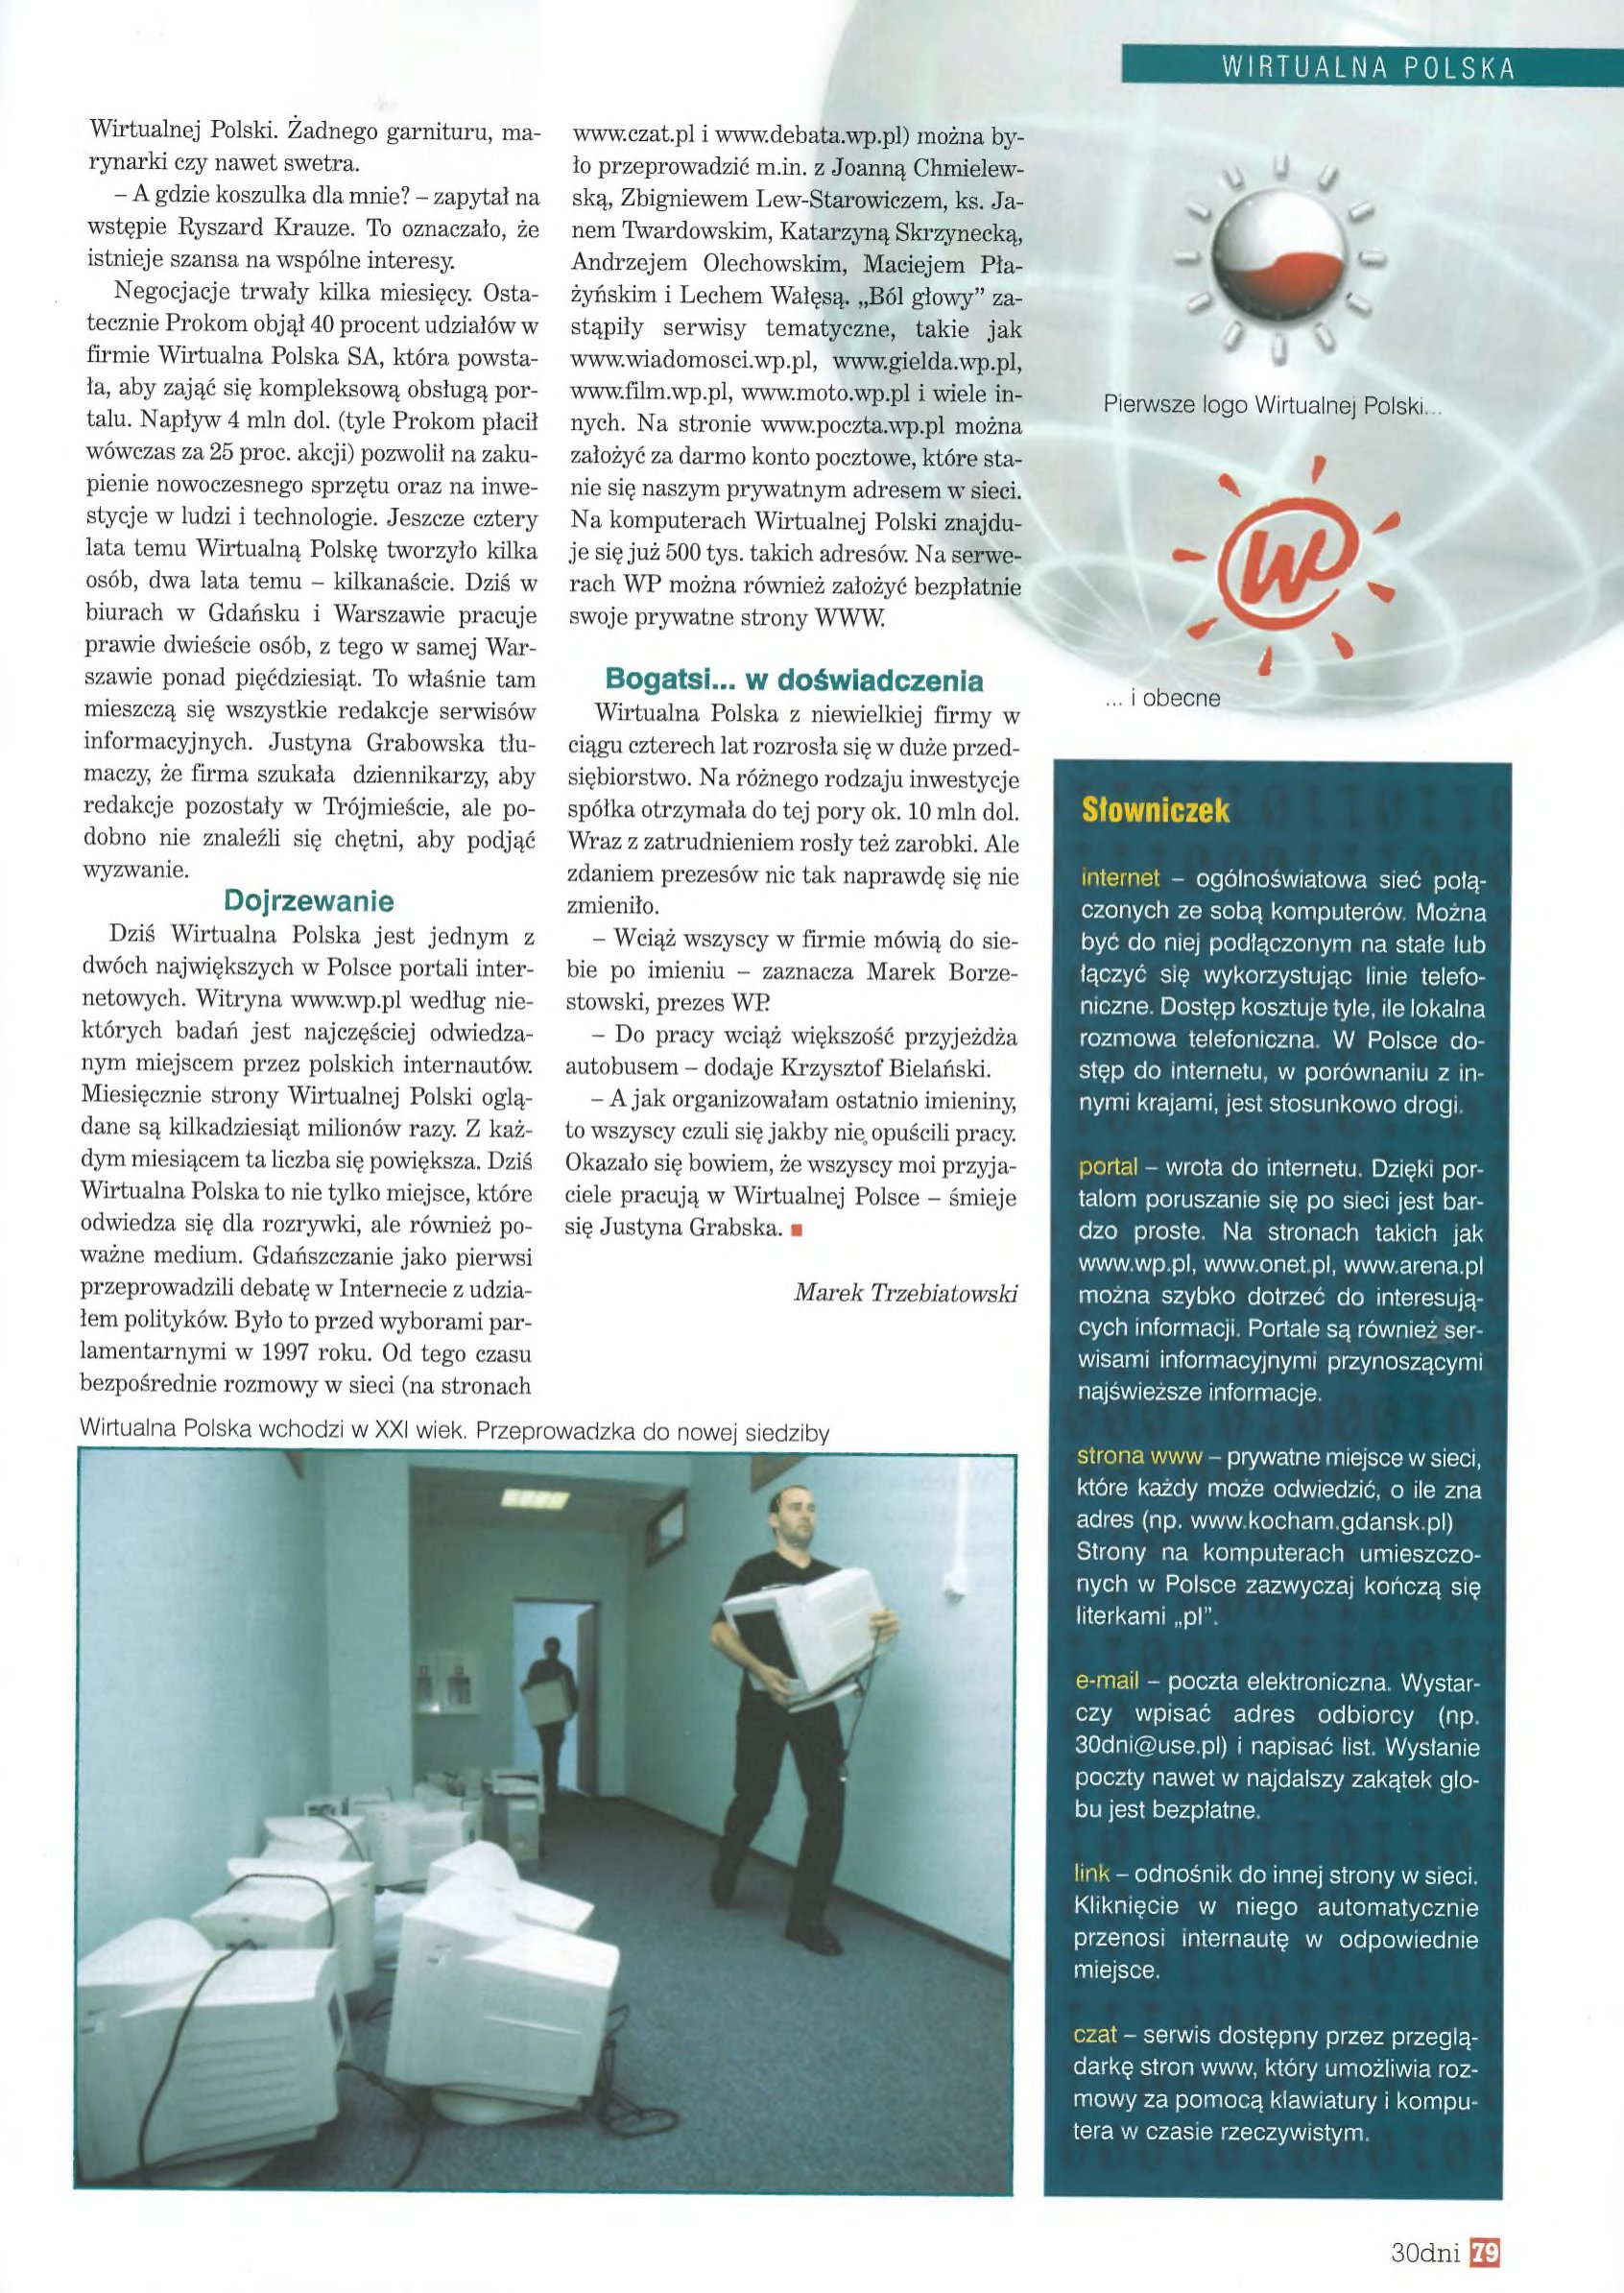
Language: pl